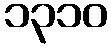
၁၃၁၀